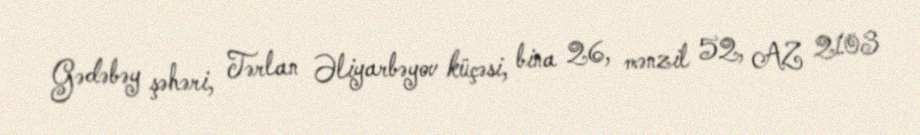
Gədəbəy şəhəri, Tərlan Əliyarbəyov küçəsi, bina 26, mənzil 52, AZ 2103